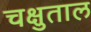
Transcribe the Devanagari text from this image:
चक्षुताल